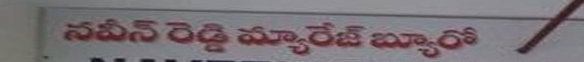
Language: telugu
Transcription: నవీన్ మ్యారేజ్ బ్యూరో రెడ్డి